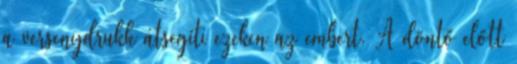
a versenydrukk átsegíti ezeken az embert. A döntő előtt